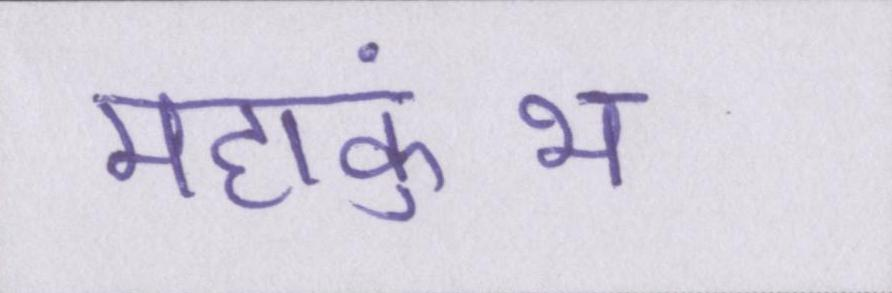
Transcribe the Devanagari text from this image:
महाकुंभ